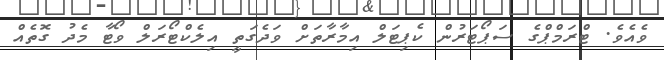
ވެއެވެ. ޓްރަމްޕްގެ ސަޕޯޓަރުން ކެޕިޓަލް އިމާރާތަށް ވަދެގަތީ އިލެކްޓޯރަލް ވޯޓާ މެދު ގޮތެއް